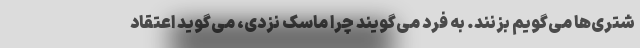
شتری‌ها می‌گویم بزنند. به فرد می‌گویند چرا ماسک نزدی، می‌گوید اعتقاد